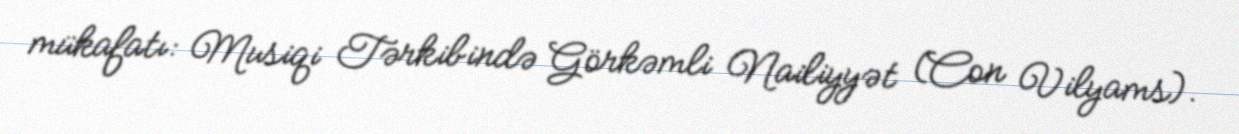
mükafatı: Musiqi Tərkibində Görkəmli Nailiyyət (Con Vilyams).